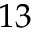
1 3